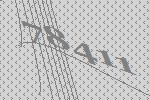
78411